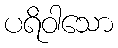
ပရိဝါသော